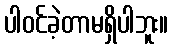
ပါဝင်ခဲ့တာမရှိပါဘူး။